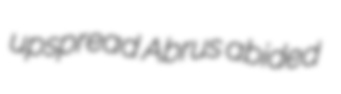
upspread Abrus abided